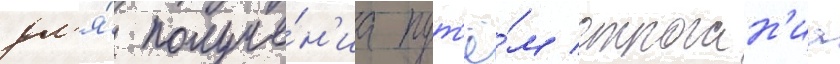
дл'я́ получе́н'иа пут'ё́м строган'иа